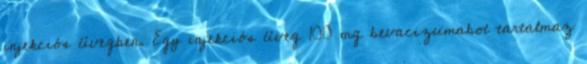
injekciós üvegben. Egy injekciós üveg 100 mg bevacizumabot tartalmaz